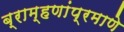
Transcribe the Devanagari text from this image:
ब्राम्हणांप्रमाणे